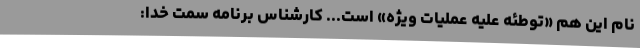
نام این هم «توطئه علیه عملیات ویژه» است... کارشناس برنامه سمت خدا: